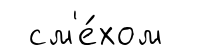
см'е́хом